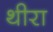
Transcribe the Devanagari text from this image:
थीरा